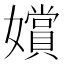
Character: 𫲐